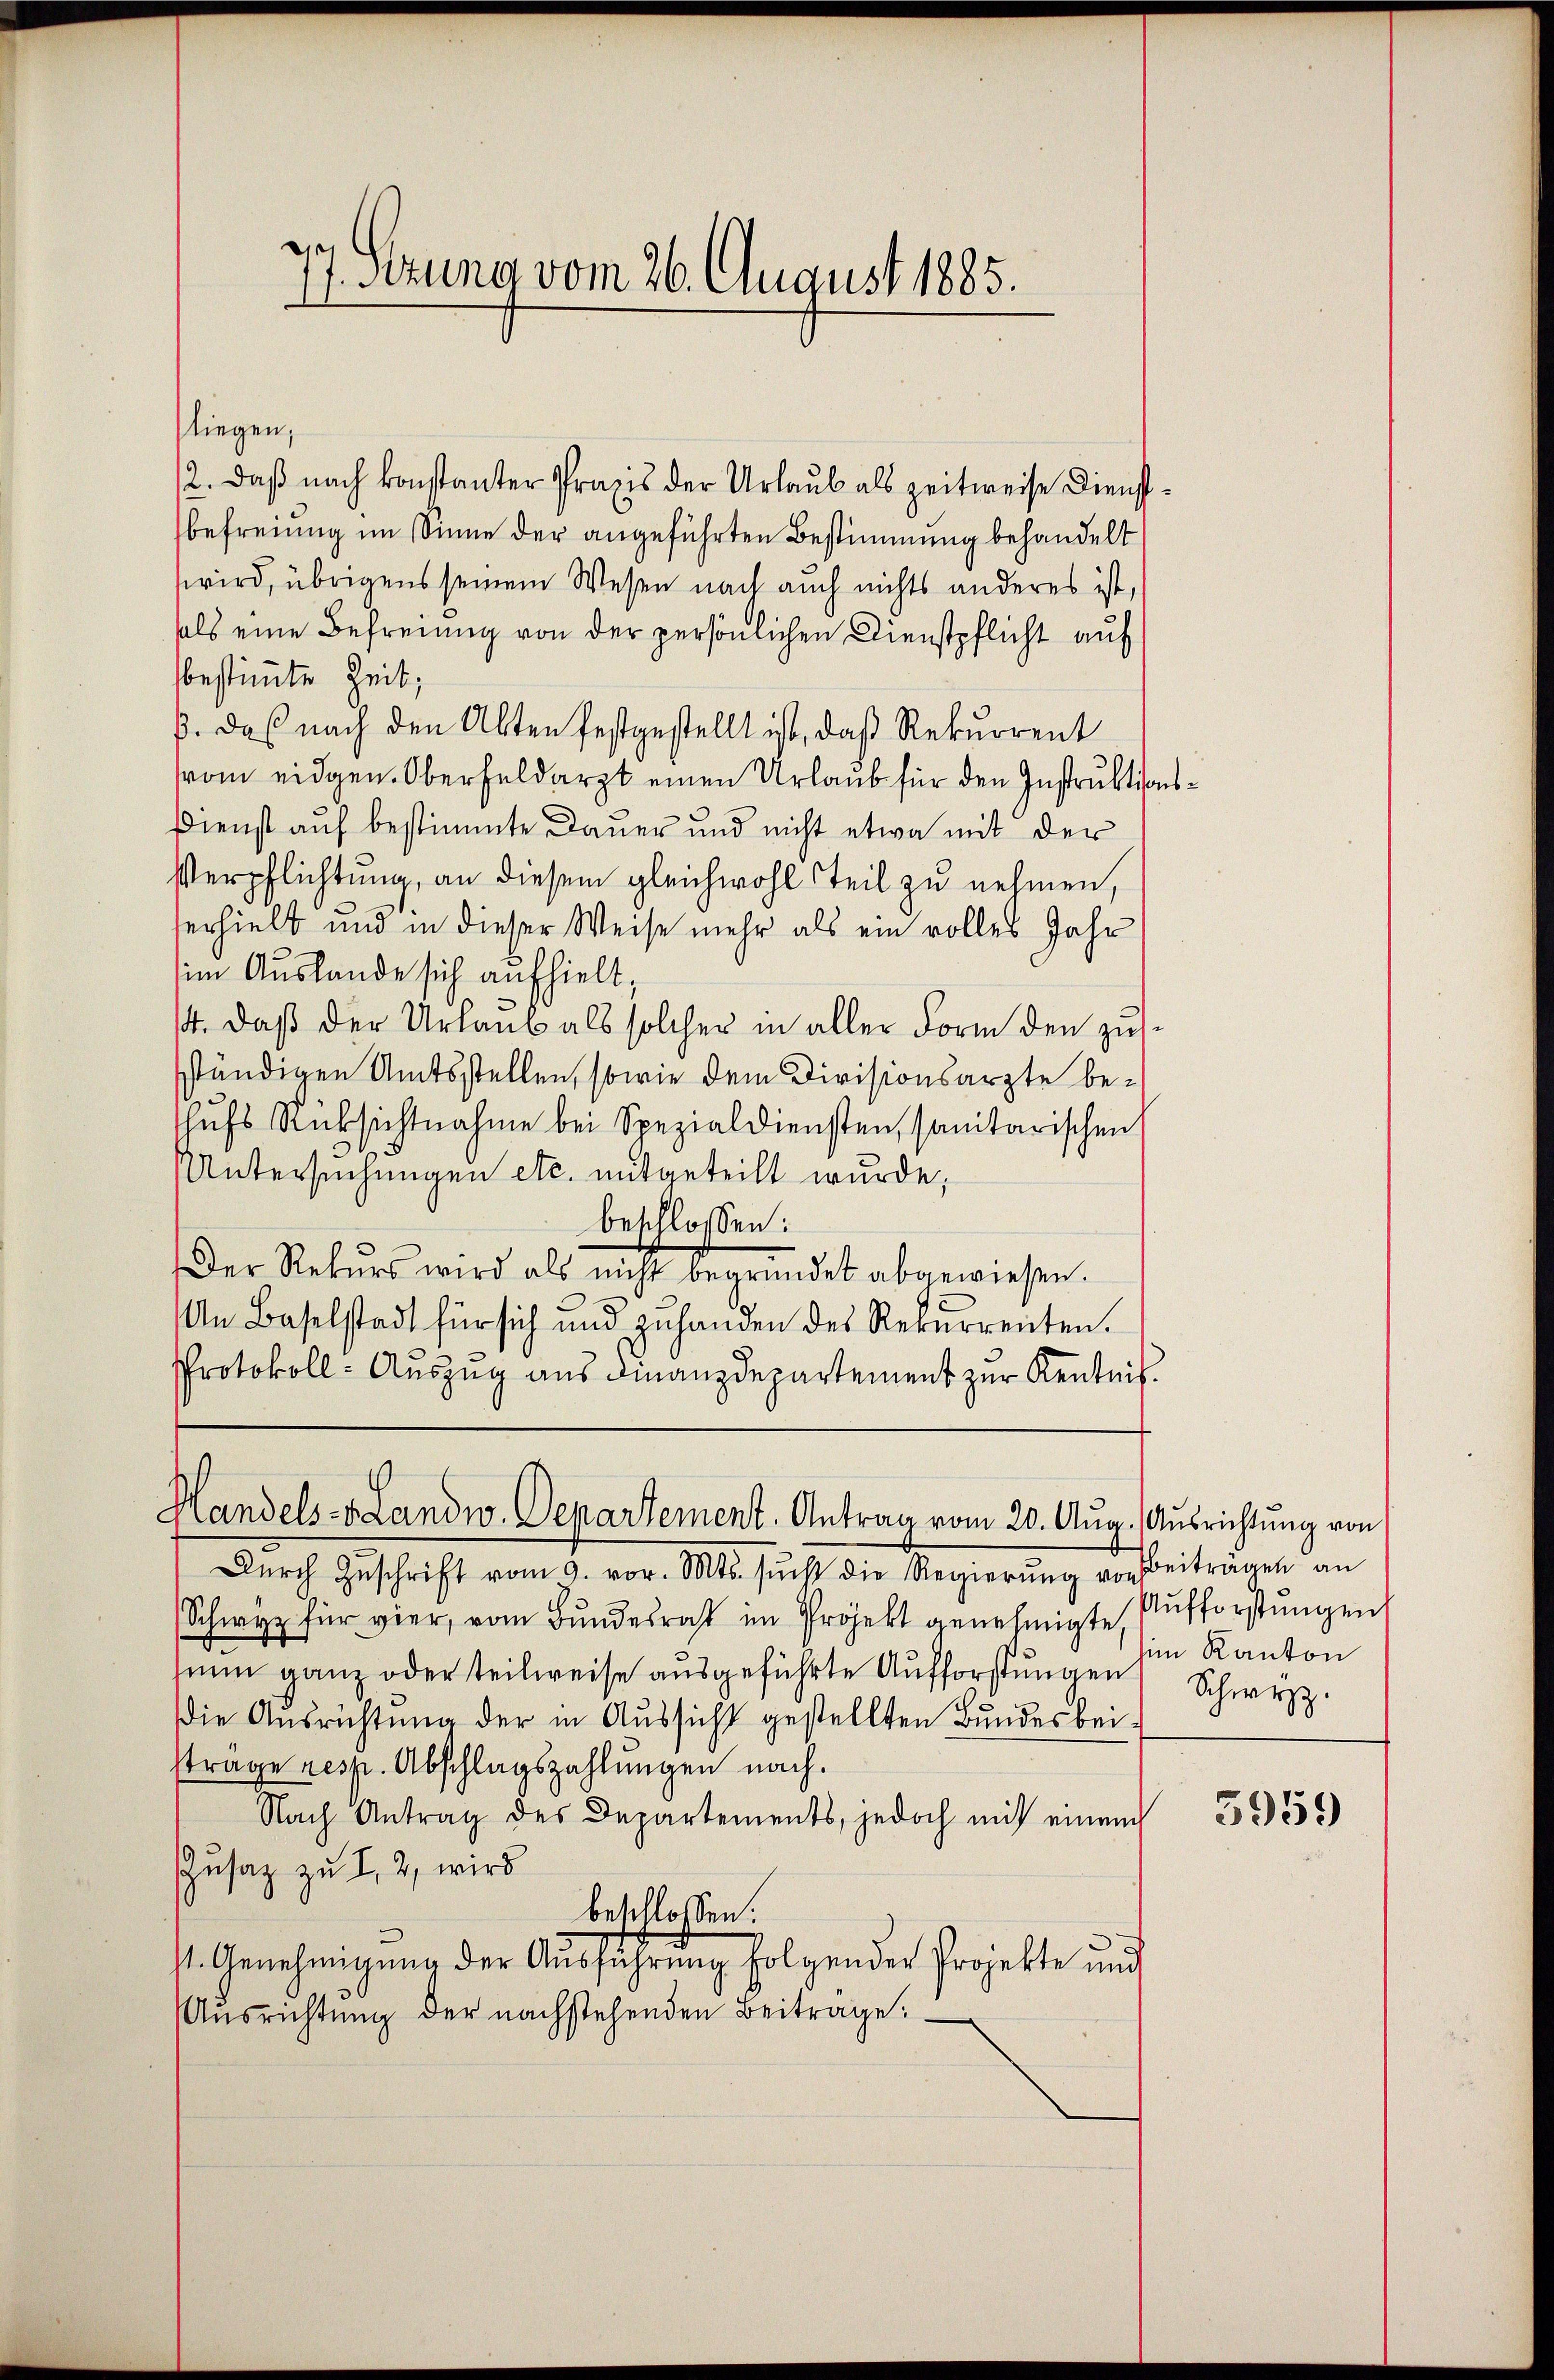
e
17. Setzung vom 26. August 1885.

liegen;
12. Daß nach konstanter Praxis der Urlaub als zeitweise Dienstbefreiung im Sinne der angeführten Bestimmung behandelt
wird, übrigens seinem Wesen nach auch nichts anderes ist,
hals eine Befreiung von der persönlichen Dienstpflicht auf
bestimmte Zeit,
p. das nach den Akten festgestellt ist, daß Rekurrent
rom eidgen. Oberfeldarzt einen Urlaub für den Instruktions¬
Dienst auf bestimmte Dauer und nicht etwa mit der
Verpflichtung, an diesem gleichwohl Teil zu nehmen,
erhielt und in dieser Weise mehr als ein volles Jahr
im Auslande sich aufhielt,
/4. daß der Urlaub als solcher in aller Form den zussständigen Amtsstellen, sowie dem Divisionsarzte behufs Rücksichtnahme bei Spezialdiensten, sanitarischen
Untersuchungen etc. mitgeteilt wurde;
beschlossen:
Der Rekŭrs wird als nicht begründet abgewiesen.
An Baselstadt für sich und zŭ handen des Rekurrenten.
Protokoll- Auszug aus Finanzdepartement zur Kentnis.

Handels- & Landw. Departement. Antrag vom 20. Aŭg. Aŭsrichtŭng von

Dŭrch Zŭschrift vom 9. vor. Mts. sŭch die Regierŭng von Beiträgen an
Schwyz für vier, vom Bundesrat im Projekt genehmigte Aufforstungen
un ganz oder teilweise ausgeführte Aufforstungen
die Ausrichtung der in Aussicht gestellten Bundesbeisträge resp. Abschlagszahlungen nach.
Nach Antrag des Departements, jedoch mit einem
Zusatz zu I, 2, wird
beschlossen:
st. Genehmigung der Ausführung folgender Projekte und
Ausrichtung der nachstehenden Beitrage:

im Kanton
Schwyz.

5959